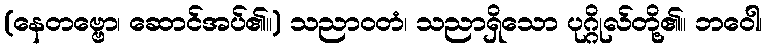
(နေတဗ္ဗော၊ ဆောင်အပ်၏။) သညာဝတံ၊ သညာရှိသော ပုဂ္ဂိုလ်တို့၏။ ဘဝေါ၊